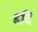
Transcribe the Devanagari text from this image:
ह्रदि